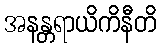
အနန္တရာယိကိနီတိ